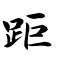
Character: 距